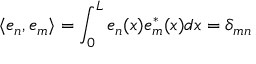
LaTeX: \langle e _ { n } , e _ { m } \rangle = \int _ { 0 } ^ { L } e _ { n } ( x ) e _ { m } ^ { * } ( x ) d x = \delta _ { m n }